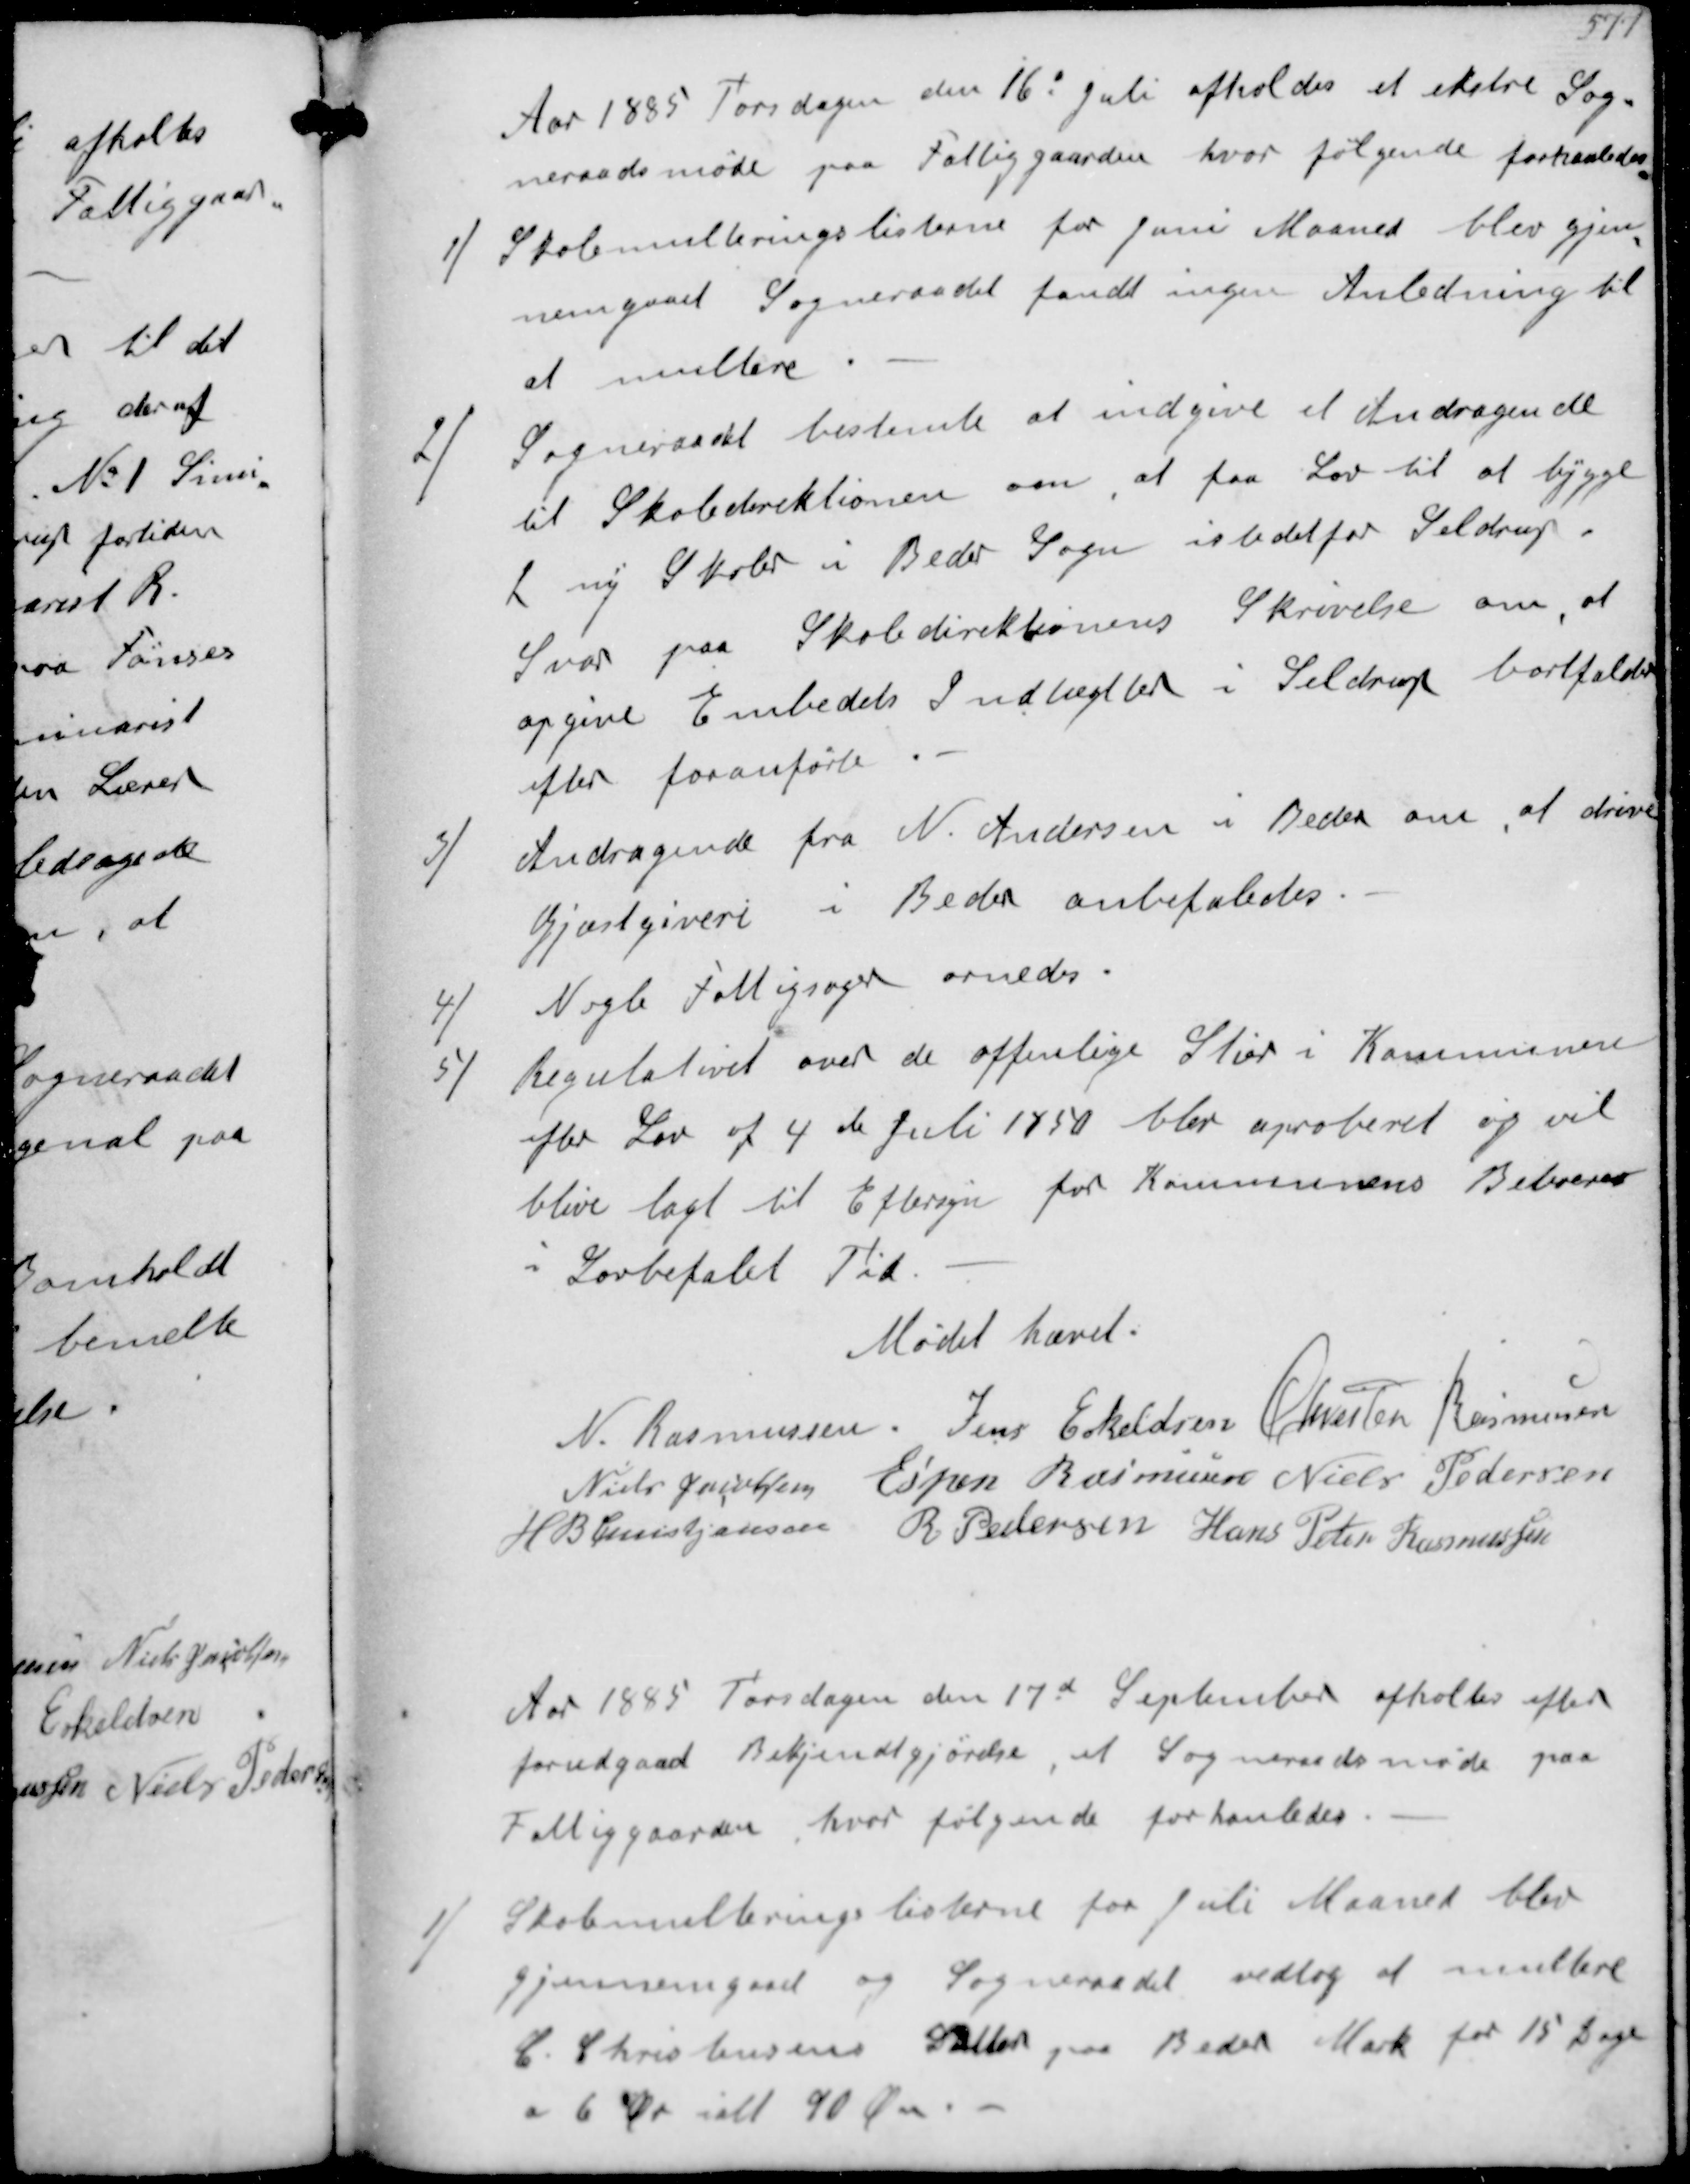
Transskription:
Aar 1885 Torsdagen den 16d Juli afholdes et ekstre Sog-
neraadsmøde paa Fattiggaarden hvor følgende forhanledes
1/ Skolemulteringslisterne for Juni Maaned blev gjen-
nemgaaet Sogneraadet fandt ingen Anledning til
at multere
2/
Sogneraadet bestemte at indgive et Andragende
til Skoledirektionen om, at faa Lov til at bygge
2 ny Skoler i Beder Sogn istedetfor Seldrup
Svar paa Skoledirektionens Skrivelse om, at
opgive Embedets Indtægtter i Seldrup bortfalder
efter foranførte
3/
Andragende fra N Andersen i Beder om, at drive
Gjæstgiveri i Beder anbefaledes
4/
Nogle Fattigsager ornedes
5/
Regulativet over de offentlige Stier i Kommunen
efter Lov af 4de Juli 1850 blev aproberet og vil
blive lagt til Eftersyn for Kommunens Beboerer
i Lovbefalet Tid

Mødet hævet

N Rasmussen
Jens Eskeldsen
Chresten Rasmussen
Niels Jacobsen
Espen Rasmussen
Niels Pedersen
H B Christjansen
R Pedersen
Hans Peter Rasmussen

Aar 1885 Torsdagen den 17d September afholtes efter 
forudgaaet Bekjendtgørelse, et Sogneraadsmøde paa
Fattiggaarden hvor følgende forhanledes
1/
Skolemulteringslisterne fra Juli Maaned blev
gjennemgaaet og Sogneraadet vedtog at multere
C Christensens Datter paa Beder Mark for 15 Dage
a 6 Øre ialt 90 Øre